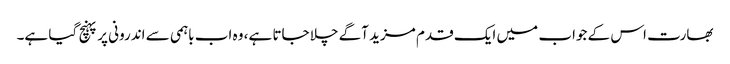
بھارت اس کے جواب میں ایک قدم مزید آگے چلا جاتا ہے، وہ اب باہمی سے اندرونی پر پہنچ گیا ہے۔